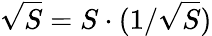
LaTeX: {\sqrt{S}}=S\cdot(1/{\sqrt{S}})